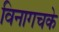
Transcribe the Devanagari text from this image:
विनागचके